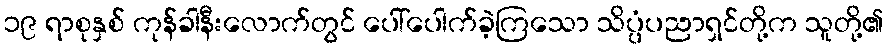
၁၉ ရာစုနှစ် ကုန်ခါနီးလောက်တွင် ပေါ်ပေါက်ခဲ့ကြသော သိပ္ပံပညာရှင်တို့က သူတို့၏